Account of plague administration in the Bombay Presidency from September 1896 till May 1897
Year: 1896
Disease focus: Plague
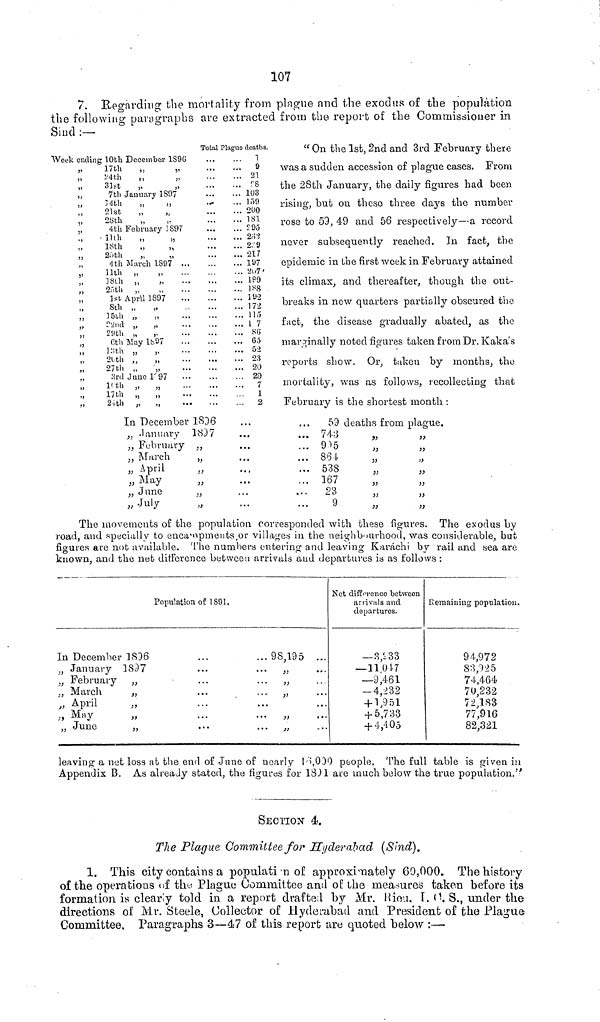
107
7. Regarding the mortality from plague and the exodus of the population
the following paragraphs are extracted from the report of the Commissioner in
Sind :—
Week ending 10th December 1S9G
" 17th
"
"
" 24th
"
"
"
31st
"
"
"
7th
January 1897
" 34th
" 21st
"
"
" 28th " "
" 4th February 1897
" 11th "
"
" 18th " "
" 20th "
"
" 4th March 1897 ...
" 11th "
"
" 18th "
" 25th "
"
...
" 1st April 1897
" 8th "
"
" 15th " "
" 22nd " "
" 29th "
"
" 6th May 1897
" 13th " "
" 20 th " "
" 27th " "
" 3rd June 1897
" 10th " " ...
" 17th " "
" 21th " " ....
Total Plague deaths.
1
9
21
88
.. 103
.. 159
.. 200
.. 181
.. 295
262
2/ill/9
217
197
207
189
188
192
172
115
17
86
63
... 52
23
20
29
7
1
2
" On the 1st, 2nd and 3rd February there
was a sudden accession of plague cases. From
the 28th January, the daily figures had been
rising, but on these- three days the number
rose to 59, 49 and 56 respectively — a record
never subsequently reached. In fact, the
epidemic in the first week in February attained
its climax, and thereafter, though the out-
breaks in new quarters partially obscured the
fact, the disease gradually abated, as the
marginally noted figures taken from Dr. Kaka's
reports show. Or, taken by months, the
mortality, was as follows, recollecting that
February is the shortest month :
In December 1896
" January 1897
" February "
" March "
" April "
" May "
" June "
" July
"
... 59 deaths from plague.
... 743
... 9/ill/5
... 864
... 538
... 167
...
23
... 9
"
"
"
"
"
"
"
"
"
"
"
"
"
"
The movements of the population corresponded with these figures. The exodus by
road, and specially to encampments or villages in the neighbourhood, was considerable, but
figures are not available. The numbers entering and leaving Karachi by rail and sea are
known, and the net difference between arrivals and departures is as follows :
In December
" January
" February
" March
"April
" May
" June
Population of 1891.
1806
...
...98,195 ...
1897
...
... " ...
"
...
...
" ...
"
...
...
" ...
"
...
...
"
...
"
...
... "
...
"
....
...
"
...
Net difference between
arrivals and
departures.
- 3,233
- 11017
- 9,461
- 4,232
+ 1,951
+ 5,733
+ 4,405
Remaining population.
94,972
83,925
74,464
70,232
72,183
77,916
82,321
leaving· a net loss at the end of June of nearly 18,000 people. The full table is given in
Appendix B. As already stated, the figures for 1801 are much below the true population."
SECTION 4.
The Plague Committee for Hyderabad (Sind).
1. This city contains a population of approximately 60,000. The history
of the operations of the Plague Committee and of the measures taken before its
formation is clearly told in a report drafted by Mr. Rieu. I.C. S., under the
directions of Mr. Steele, Collector of Hyderabad and President of the Plague
Committee Paragraphs 3—47 of this report are quoted below :—